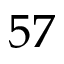
5 7